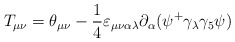
\begin{align*}T_{\mu \nu }=\theta _{\mu \nu }-\frac 14\varepsilon _{\mu \nu \alpha \lambda}\partial _\alpha (\psi ^{+}\gamma _\lambda \gamma _5\psi ) \end{align*}